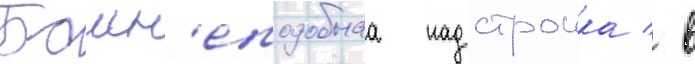
Башн'еподобнаа надстроика / в